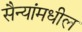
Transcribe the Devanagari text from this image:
सैन्यांमधील